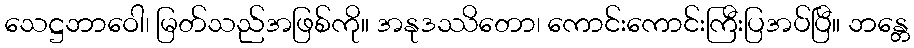
သေဋ္ဌဘာဝေါ၊ မြတ်သည်အဖြစ်ကို။ အနုဒဿိတော၊ ကောင်းကောင်းကြီးပြအပ်ပြီ။ ဘန္တေ